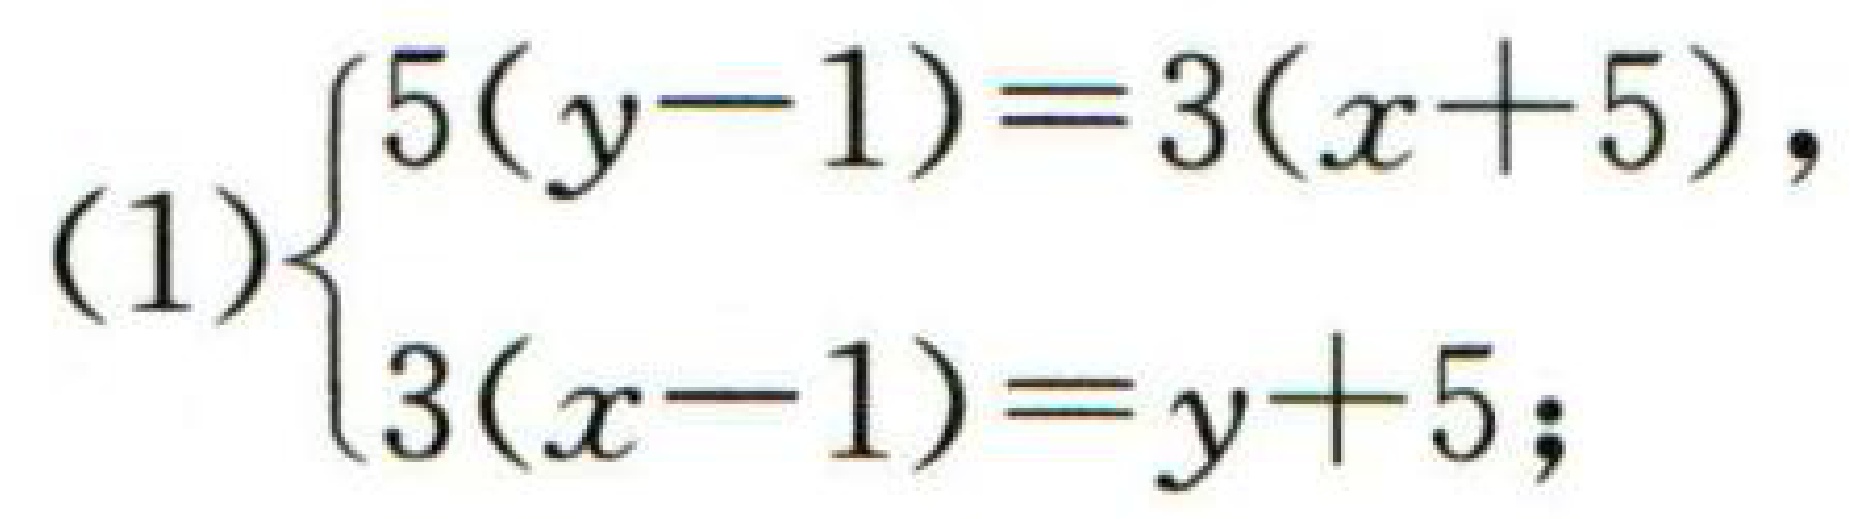
\[(1)\begin{cases}
5(y - 1)=3(x + 5),\\
3(x - 1)=y + 5;
\end{cases}\]